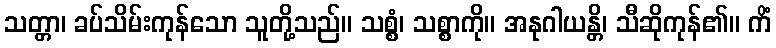
သတ္တာ၊ ခပ်သိမ်းကုန်သော သူတို့သည်။ သစ္စံ၊ သစ္စာကို။ အနုဂါယန္တိ၊ သီဆိုကုန်၏။ ကိံ